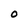
Character: O